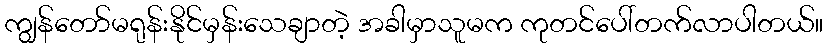
ကျွန်တော်မရုန်းနိုင်မှန်းသေချာတဲ့ အခါမှာသူမက ကုတင်ပေါ်တက်လာပါတယ်။